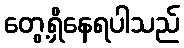
တွေ့ရှိနေရပါသည်